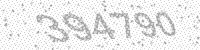
Solution: 394790